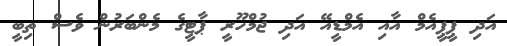
އަދި ޕީޕީއެމް އާއި އެމްޑީއޭ އަދި ޖުމްހޫރީ ޕާޓީގެ މެންބަރުން ވެސް ތިބީ